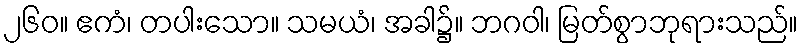
၂၆၀။ ဧကံ၊ တပါးသော။ သမယံ၊ အခါ၌။ ဘဂဝါ၊ မြတ်စွာဘုရားသည်။